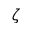
\zeta